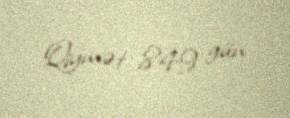
Qiymət 849 gün